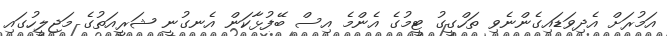
އަމުރަށް އެދިވަޑައިގެންނެވި ތަހްގީގު ޓީމުގެ އެންމެ އިސް ބޭފުޅާކަން އެނގުނީ ޝަރީއަތުގެ މަޖިލީހުގައި